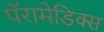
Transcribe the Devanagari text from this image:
पॅरामेडिक्स